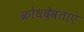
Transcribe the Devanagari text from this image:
क्रोधदेवताएं